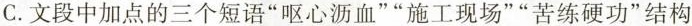
C.文段中加点的三个短语”呕心沥血””施工现场””苦练硬功”结构